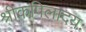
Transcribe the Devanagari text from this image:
श्रीकपिलादयः